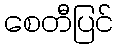
စေတီပြင်